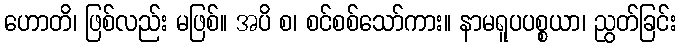
ဟောတိ၊ ဖြစ်လည်း မဖြစ်။ အပိ စ၊ စင်စစ်သော်ကား။ နာမရူပပစ္စယာ၊ ညွတ်ခြင်း